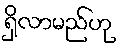
ရှိလာမည်ဟု